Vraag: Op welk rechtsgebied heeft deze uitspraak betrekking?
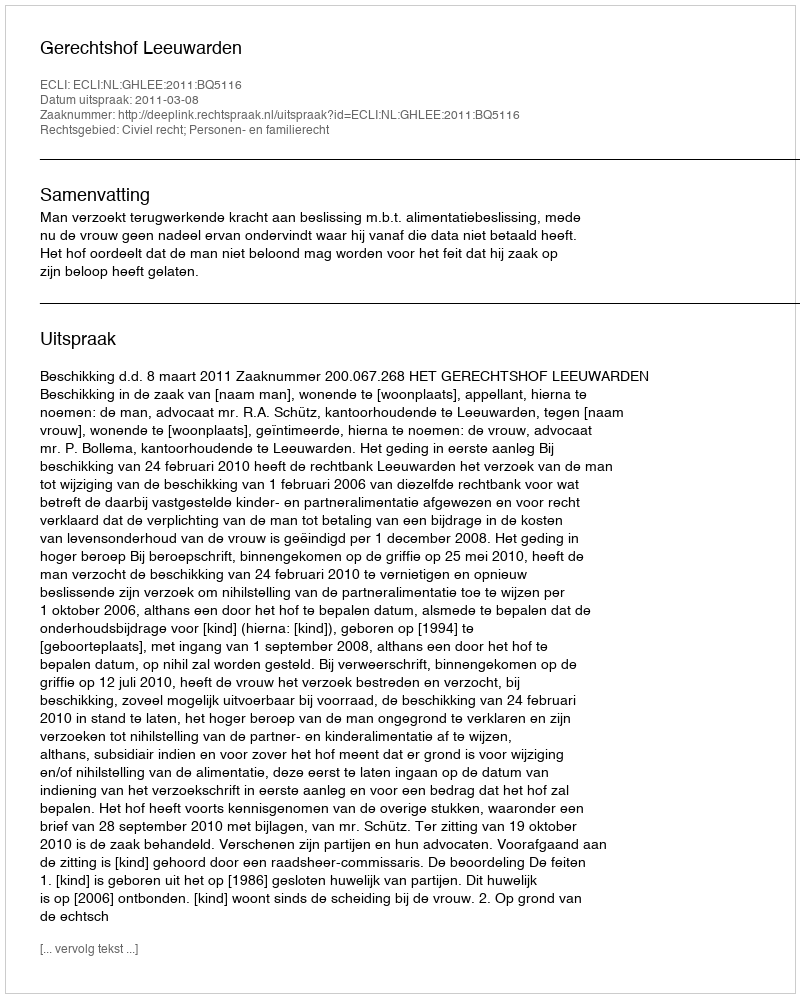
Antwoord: Civiel recht; Personen- en familierecht